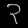
Digit: ၃